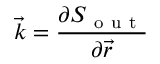
\vec { k } = \frac { \partial S _ { \mathrm { ~ o ~ u ~ t ~ } } } { \partial \vec { r } }